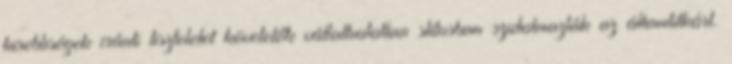
kisebbségek iránti tiszteletet követelők vállalhatatlan stílusban szidalmazták az államtitkárt.